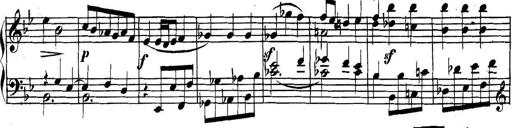
Title: Collected Piano Sonatas
Composer: Muzio Clementi